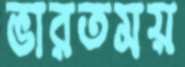
ভারতময়